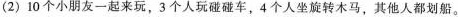
(2)10个小朋友一起来玩，3个人玩碰碰车，4个人坐旋转木马，其他人都划船。